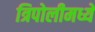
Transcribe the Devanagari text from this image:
त्रिपोलीमध्ये